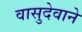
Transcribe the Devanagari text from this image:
वासुदेवाने